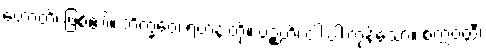
ဟောတိ၊ ဖြစ်၏။ ဘိက္ခဝေ၊ ရဟန်းတို့။ ပဉ္စဟိ၊ ငါးပါးကုန်သော။ စက္ကဝတ္တီ၊